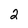
Character: 2